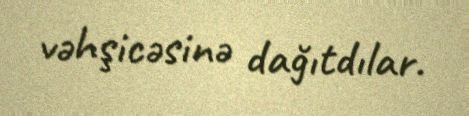
vəhşicəsinə dağıtdılar.